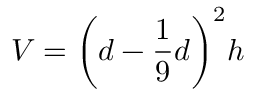
V = { \bigg ( } d - { \frac { 1 } { 9 } } d { \bigg ) } ^ { 2 } h